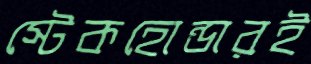
স্টেকহোন্ডারই